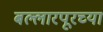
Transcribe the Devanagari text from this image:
बल्लारपूरच्या